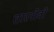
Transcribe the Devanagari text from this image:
तारनोवो